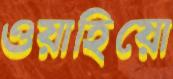
ওয়াহিয়ো